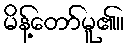
မိန့်တော်မူ၏။